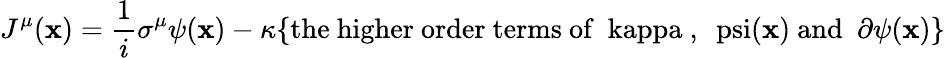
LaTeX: J^{\mu}(\mathbf{x})={\frac{{1}}{{i}}}\sigma^{\mu}\psi(\mathbf{x})-\kappa\{ \mathrm{{the~higher~order~terms~of~\ kappa~,~\ psi(\mathbf{x})~and~}}\ \partial\psi(\mathbf{x})\}